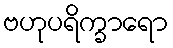
ဗဟုပရိက္ခာရော